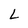
Character: L